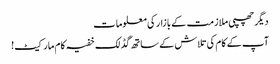
دیگر چھپی ملازمت کے بازار کی معلومات
آپ کے کام کی تلاش کے ساتھ گڈ لک خفیہ کام مارکیٹ!